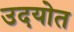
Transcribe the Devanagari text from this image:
उदयोत